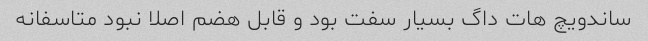
ساندویچ هات داگ بسیار سفت بود و قابل هضم اصلا نبود متاسفانه